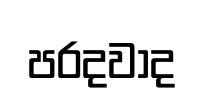
පරදවාද